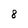
Character: 8